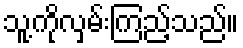
သူ့ကိုလှမ်းကြည့်သည်။